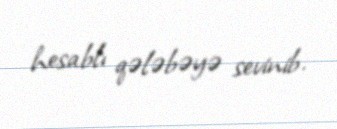
hesablı qələbəyə sevinib.